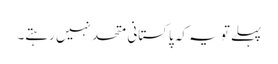
پہلے تو یہ کہ پاکستانی متحد نہیں رہتے۔